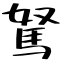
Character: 駑